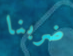
ضربنا